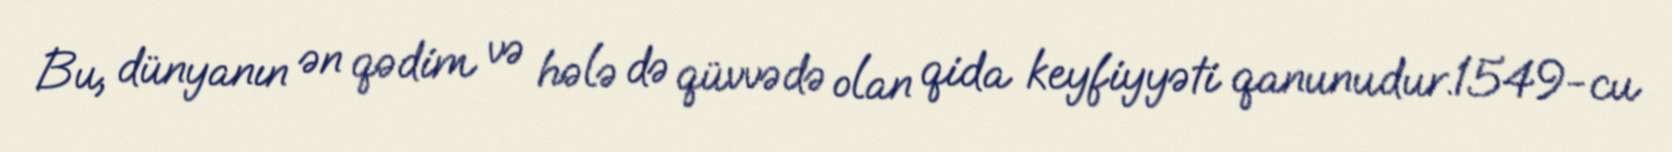
Bu, dünyanın ən qədim və hələ də qüvvədə olan qida keyfiyyəti qanunudur.1549-cu